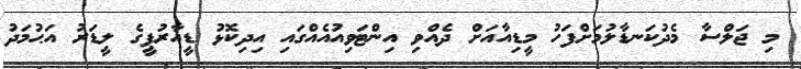
މި ޖަލްސާ މެދުކަނޑާލުމަށްފަހު މީޑިއާއަށް ދެއްވި އިންޓަވިއުއެއްގައި އިދިކޮޅު ޑީއާރުޕީގެ ލީޑަރު އަޙުމަދު